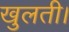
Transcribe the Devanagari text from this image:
खुलती।